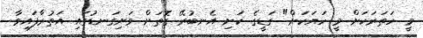
މީ ހަތަރަކަށް މީ ހަޔަކަށް" ގަޑީގެ ކަށި އެނބުރޭ ގޮތަށް ވަށިގަނޑުގައި އަތުރާފައިވާ